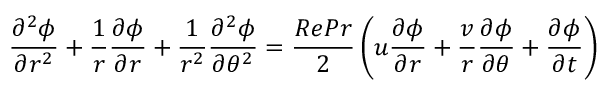
\frac { \partial ^ { 2 } \phi } { \partial r ^ { 2 } } + \frac { 1 } { r } \frac { \partial \phi } { \partial r } + \frac { 1 } { r ^ { 2 } } \frac { \partial ^ { 2 } \phi } { \partial \theta ^ { 2 } } = \frac { R e P r } { 2 } \left( u \frac { \partial \phi } { \partial r } + \frac { v } { r } \frac { \partial \phi } { \partial \theta } + \frac { \partial \phi } { \partial t } \right)